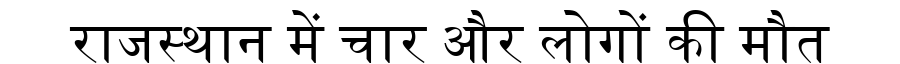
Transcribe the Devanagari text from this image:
राजस्थान में चार और लोगों की मौत